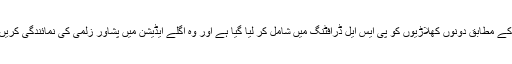
ذرائع کے مطابق دونوں کھلاڑیوں کو پی ایس ایل ڈرافٹنگ میں شامل کر لیا گیا ہے اور وہ اگلے ایڈیشن میں پشاور زلمی کی نمائندگی کریں گے ۔